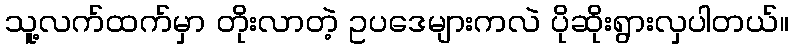
သူ့လက်ထက်မှာ တိုးလာတဲ့ ဥပဒေများကလဲ ပိုဆိုးရွားလှပါတယ်။